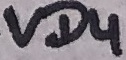
Text: VD4